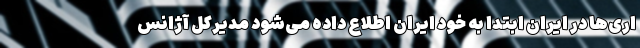
اری‌ها در ایران ابتدا به خود ایران اطلاع داده می‌شود مدیرکل آژانس